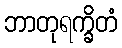
ဘာတုရက္ခိတံ